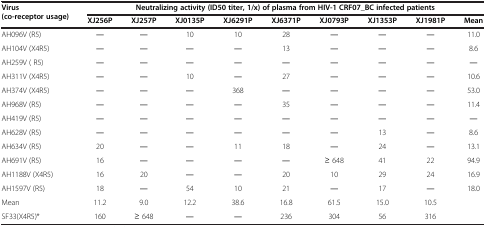
<table><thead><tr><td rowspan="2"><b>Virus (co-receptor usage)</b></td><td colspan="9"><b>Neutralizing activity (ID50 titer, 1/x) of plasma from HIV-1 CRF07_BC infected patients</b></td></tr><tr><td><b>XJ256P</b></td><td><b>XJ257P</b></td><td><b>XJ0135P</b></td><td><b>XJ6291P</b></td><td><b>XJ6371P</b></td><td><b>XJ0793P</b></td><td><b>XJ1353P</b></td><td><b>XJ1981P</b></td><td><b>Mean</b></td></tr></thead><tbody><tr><td>AH096V (R5)</td><td>―</td><td>―</td><td>10</td><td>10</td><td>28</td><td>―</td><td>―</td><td>―</td><td>11.0</td></tr><tr><td>AH104V (X4R5)</td><td>―</td><td>―</td><td>―</td><td>―</td><td>13</td><td>―</td><td>―</td><td>―</td><td>8.6</td></tr><tr><td>AH259V ( R5)</td><td>―</td><td>―</td><td>―</td><td>―</td><td>―</td><td>―</td><td>―</td><td>―</td><td>―</td></tr><tr><td>AH311V (X4R5)</td><td>―</td><td>―</td><td>10</td><td>―</td><td>27</td><td>―</td><td>―</td><td>―</td><td>10.6</td></tr><tr><td>AH374V (X4R5)</td><td>―</td><td>―</td><td>―</td><td>368</td><td>―</td><td>―</td><td>―</td><td>―</td><td>53.0</td></tr><tr><td>AH968V (R5)</td><td>―</td><td>―</td><td>―</td><td>―</td><td>35</td><td>―</td><td>―</td><td>―</td><td>11.4</td></tr><tr><td>AH419V (R5)</td><td>―</td><td>―</td><td>―</td><td>―</td><td>―</td><td>―</td><td>―</td><td>―</td><td>―</td></tr><tr><td>AH628V (R5)</td><td>―</td><td>―</td><td>―</td><td>―</td><td>―</td><td>―</td><td>13</td><td>―</td><td>8.6</td></tr><tr><td>AH634V (R5)</td><td>20</td><td>―</td><td>―</td><td>11</td><td>18</td><td>―</td><td>24</td><td>―</td><td>13.1</td></tr><tr><td>AH691V (R5)</td><td>16</td><td>―</td><td>―</td><td>―</td><td>―</td><td>≥ 648</td><td>41</td><td>22</td><td>94.9</td></tr><tr><td>AH1188V (X4R5)</td><td>16</td><td>20</td><td>―</td><td>―</td><td>20</td><td>10</td><td>29</td><td>24</td><td>16.9</td></tr><tr><td>AH1597V (R5)</td><td>18</td><td>―</td><td>54</td><td>10</td><td>21</td><td>―</td><td>17</td><td>―</td><td>18.0</td></tr><tr><td>Mean</td><td>11.2</td><td>9.0</td><td>12.2</td><td>38.6</td><td>16.8</td><td>61.5</td><td>15.0</td><td>10.5</td><td>[EMPTY_CELL]</td></tr><tr><td>SF33(X4R5)*</td><td>160</td><td>≥ 648</td><td>―</td><td>―</td><td>236</td><td>304</td><td>56</td><td>316</td><td>[EMPTY_CELL]</td></tr></tbody></table>